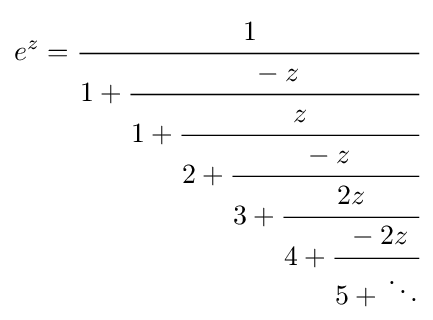
e^{z}={\cfrac {1}{1+{\cfrac {-z}{1+{\cfrac {z}{2+{\cfrac {-z}{3+{\cfrac {2z}{4+{\cfrac {-2z}{5+{}\ddots }}}}}}}}}}}}